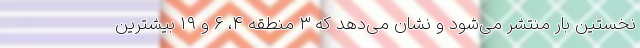
نخستین‌ بار منتشر می‌شود و نشان می‌دهد که ۳ منطقه ۴، ۶ و ۱۹ بیشترین